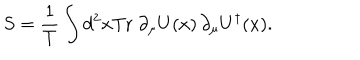
LaTeX: S = { \frac { 1 } { T } } \int d ^ { 2 } x \mathrm { T r } \; \partial _ { \mu } U ( x ) \, \partial _ { \mu } U ^ { \dagger } ( x ) .